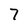
Character: 7